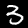
Digit: 3